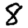
Digit: 8